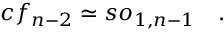
c f _ { n - 2 } \simeq s o _ { 1 , n - 1 } \quad .